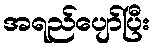
အရည်ပျော်ပြီး